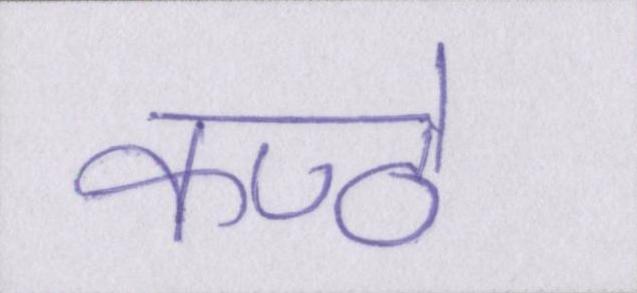
कण्ठे